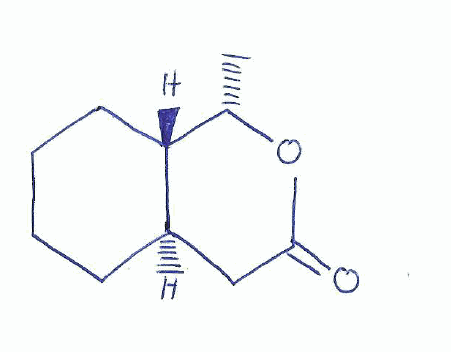
Simplified molecular-input line-entry system (SMILES) notation of the given molecule:
C[C@H]1[C@H]2CCCC[C@@H]2CC(=O)O1